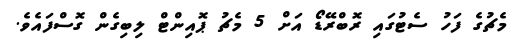
މެޗުގެ ފަހު ސެޓުގައި ރޮބްރޭޑޯ އަށް 5 މެޗު ޕޮއިންޓް ލިބިގެން ގޮސްފައެވެ.